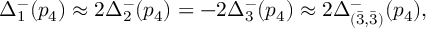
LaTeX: \Delta _ { 1 } ^ { - } ( p _ { 4 } ) \approx 2 \Delta _ { 2 } ^ { - } ( p _ { 4 } ) = - 2 \Delta _ { 3 } ^ { - } ( p _ { 4 } ) \approx 2 \Delta _ { ( \bar { 3 } , \bar { 3 } ) } ^ { - } ( p _ { 4 } ) ,